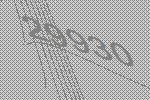
29930